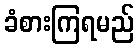
ခံစားကြရမည်